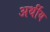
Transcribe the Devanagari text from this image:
अर्थीय